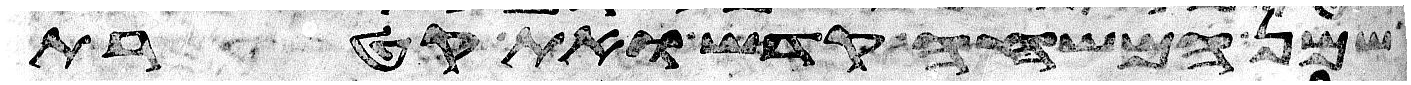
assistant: שמן המשחה קדש ואת קטרת